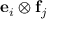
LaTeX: \mathbf { e } _ { i } \otimes \mathbf { f } _ { j }